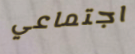
اجتماعي